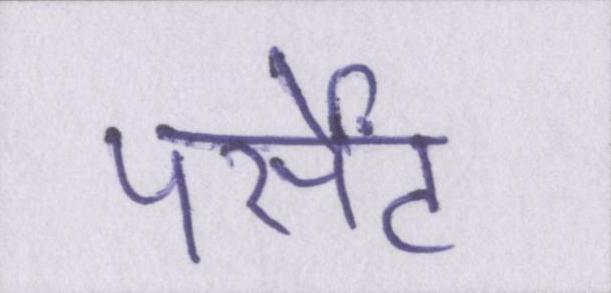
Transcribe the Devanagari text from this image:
पर्सेंट